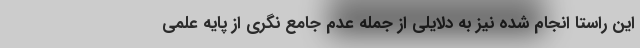
این راستا انجام شده نیز به دلایلی از جمله عدم جامع نگری از پایه علمی